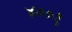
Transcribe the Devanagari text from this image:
४००१